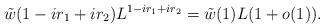
LaTeX: \begin{align*}\tilde{w}(1-ir_1+ir_2)L^{1-ir_1+ir_2} = \tilde{w}(1)L(1+o(1)). \end{align*}